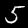
Label: 5